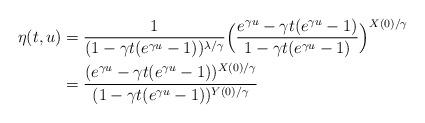
LaTeX: \begin{align*} \eta(t,u) &= \frac {1}{(1 - \gamma t (e^{\gamma u}-1))^{\lambda/\gamma}} \Big( \frac{e^{\gamma u} - \gamma t (e^{\gamma u} - 1)} {1 - \gamma t (e^{\gamma u}-1)}\Big)^{X(0)/\gamma} \\ &= \frac{(e^{\gamma u} - \gamma t (e^{\gamma u} - 1) )^{X(0)/\gamma}} {(1 - \gamma t (e^{\gamma u}-1))^{Y(0)/\gamma}} \end{align*}